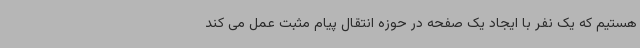
هستیم که یک نفر با ایجاد یک صفحه در حوزه انتقال پیام مثبت عمل می کند